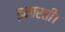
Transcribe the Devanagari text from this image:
इमारती।